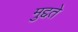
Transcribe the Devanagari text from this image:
मुद्दते